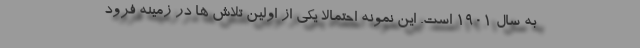
به سال 1901 است. این نمونه احتمالا یکی از اولین تلاش ها در زمینه فرود